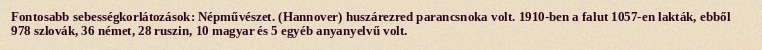
Fontosabb sebességkorlátozások: Népművészet. (Hannover) huszárezred parancsnoka volt. 1910-ben a falut 1057-en lakták, ebből 978 szlovák, 36 német, 28 ruszin, 10 magyar és 5 egyéb anyanyelvű volt.